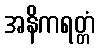
အနိကရတ္တံ